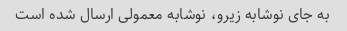
به جای نوشابه زیرو، نوشابه معمولی ارسال شده است